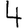
Digit: 4